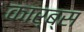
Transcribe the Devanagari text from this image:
कार्ब्स